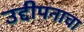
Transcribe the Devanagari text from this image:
उद्दीपनाचा